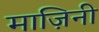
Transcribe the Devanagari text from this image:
माज़िनी